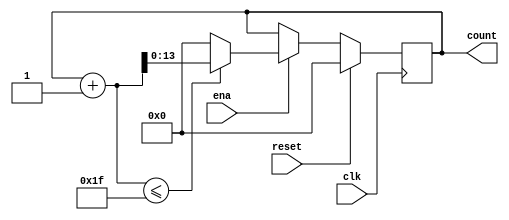
`define SIMULATION_MEMORY

module counter_31_1 (
	input clk,
	input reset,
	input ena,
	output reg [13:0] count
);

always @ (posedge clk) begin 
	if (reset) begin
		count <= 0;
	end else if (ena) begin
		if((count + 1) <= 31) begin
			count <= count + 1;
		end else begin
			count <= 14'd0;
		end
	end
end

endmodule